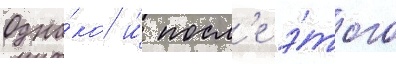
Одна́ко и́ посл'е э́того